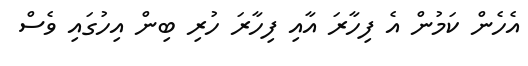
އެހެން ކަމުން އެ ފިހާރަ އާއި ފިހާރަ ހުރި ބިން އިހުގައި ވެސް